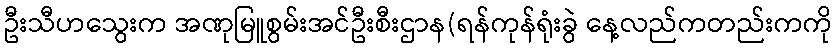
ဦးသီဟသွေးက အဏုမြူစွမ်းအင်ဦးစီးဌာန(ရန်ကုန်ရုံးခွဲ နေ့လည်ကတည်းကကို